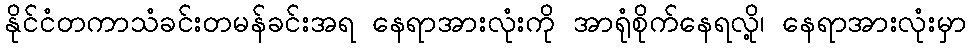
နိုင်ငံတကာသံခင်းတမန်ခင်းအရ နေရာအားလုံးကို အာရုံစိုက်နေရလို့၊ နေရာအားလုံးမှာ